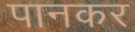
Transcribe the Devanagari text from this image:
पानकर